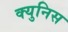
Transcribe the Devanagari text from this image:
क्युनिस